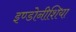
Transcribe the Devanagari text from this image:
इण्डोनीशिया